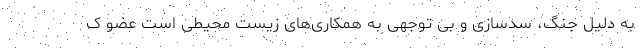
به دلیل جنگ، سدسازی و بی توجهی به همکاری‌های زیست محیطی است عضو ک